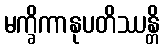
မက္ခိကာနုပတိဿန္တိ